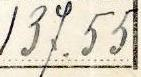
137.55